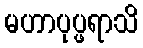
မဟာပုပ္ဖရာသိ